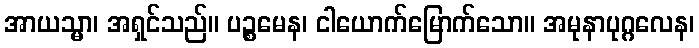
အာယသ္မာ၊ အရှင်သည်။ ပဉ္စမေန၊ ငါယောက်မြောက်သော။ အမုနာပုဂ္ဂလေန၊